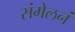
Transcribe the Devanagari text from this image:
संमेलनं